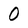
Character: 0